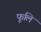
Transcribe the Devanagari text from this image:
फूलि